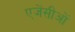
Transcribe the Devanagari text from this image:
एजेंसीओं